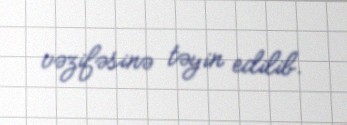
vəzifəsinə təyin edilib.